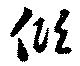
傾